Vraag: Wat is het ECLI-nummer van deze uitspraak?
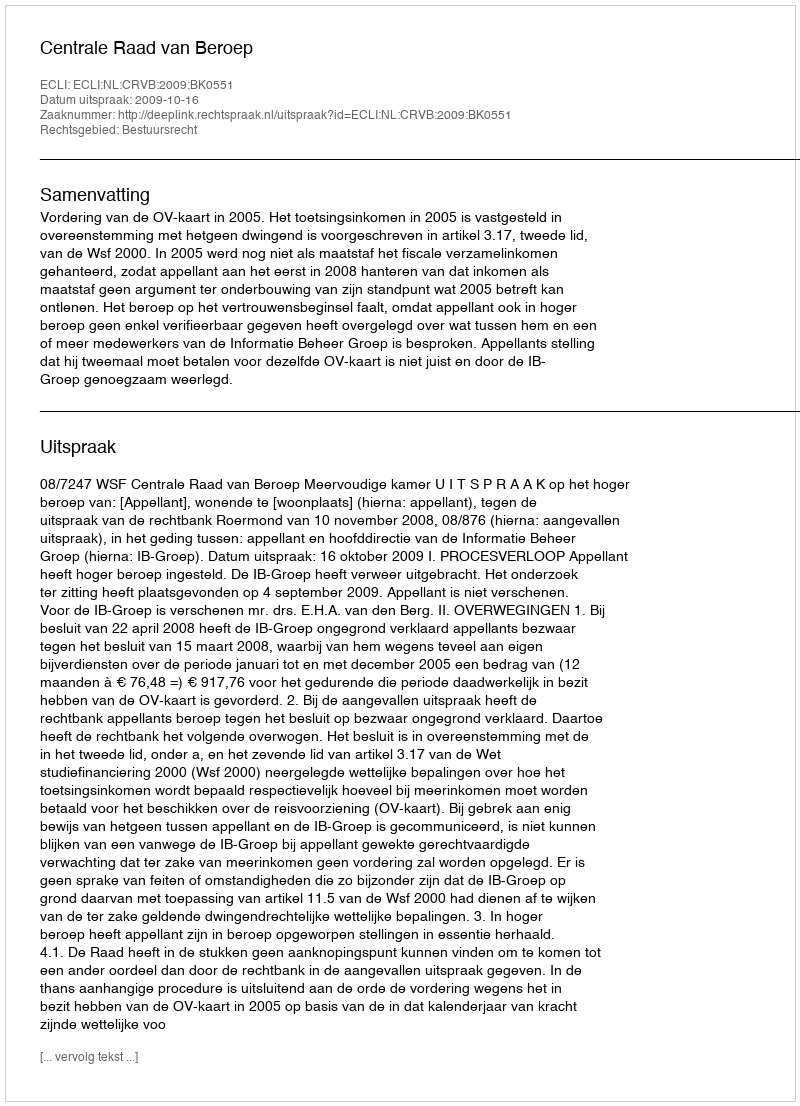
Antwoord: ECLI:NL:CRVB:2009:BK0551